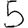
Digit: 5